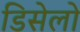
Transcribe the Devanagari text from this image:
डिसेलो